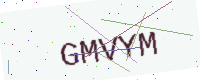
Text: GMVYM